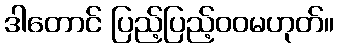
ဒါတောင် ပြည့်ပြည့်ဝဝမဟုတ်။